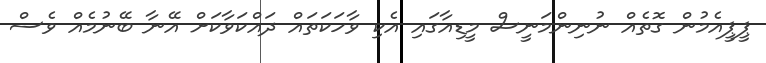
ޕީޕީއެމުން ގޮތެއް ނުނިންމަނީސް މީޑިއާގައި އެކި ވާހަކަތައް ދައްކަވާކަށް އޭނާ ބޭނުމެއް ވެސް